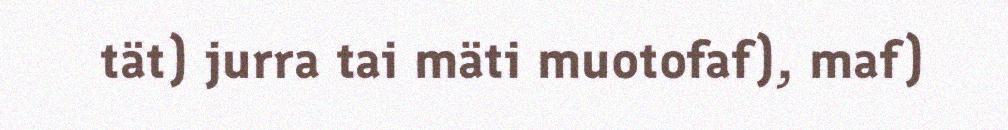
tät) jurra tai mäti muotofaf), maf)